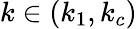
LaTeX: k\in(k_{1},k_{c})